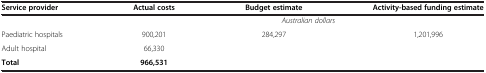
<table><thead><tr><td><b>Service provider</b></td><td><b>Actual costs</b></td><td><b>Budget estimate</b></td><td><b>Activity-based funding estimate</b></td></tr></thead><tbody><tr><td>[EMPTY_CELL]</td><td colspan="3"><i>Australian dollars</i></td></tr><tr><td>Paediatric hospitals</td><td>900,201</td><td>284,297</td><td>1,201,996</td></tr><tr><td>Adult hospital</td><td>66,330</td><td>[EMPTY_CELL]</td><td>[EMPTY_CELL]</td></tr><tr><td><b>Total</b></td><td><b>966,531</b></td><td>[EMPTY_CELL]</td><td>[EMPTY_CELL]</td></tr></tbody></table>